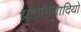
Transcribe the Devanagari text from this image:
प्रज्ञप्तिवादियों